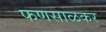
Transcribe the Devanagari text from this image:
फणसाळकर